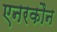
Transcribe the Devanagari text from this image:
एनरकौन